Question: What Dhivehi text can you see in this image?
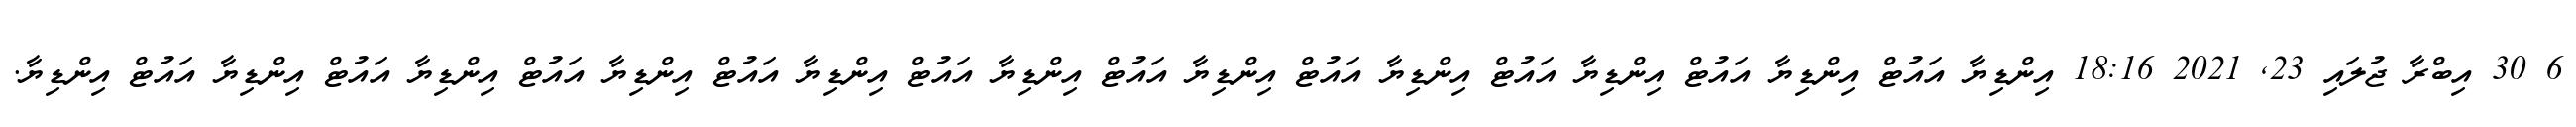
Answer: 6 30 އިބްރާ ޖުލައި 23, 2021 18:16 އިންޑިޔާ އައުޓް އިންޑިޔާ އައުޓް އިންޑިޔާ އައުޓް އިންޑިޔާ އައުޓް އިންޑިޔާ އައުޓް އިންޑިޔާ އައުޓް އިންޑިޔާ އައުޓް އިންޑިޔާ އައުޓް އިންޑިޔާ އައުޓް އިންޑިޔާ އައުޓް އިންޑިޔާ.